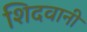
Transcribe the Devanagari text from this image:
शिदवानी